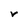
Character: v